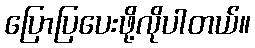
ပြောပြပေးဖို့လိုပါတယ်။